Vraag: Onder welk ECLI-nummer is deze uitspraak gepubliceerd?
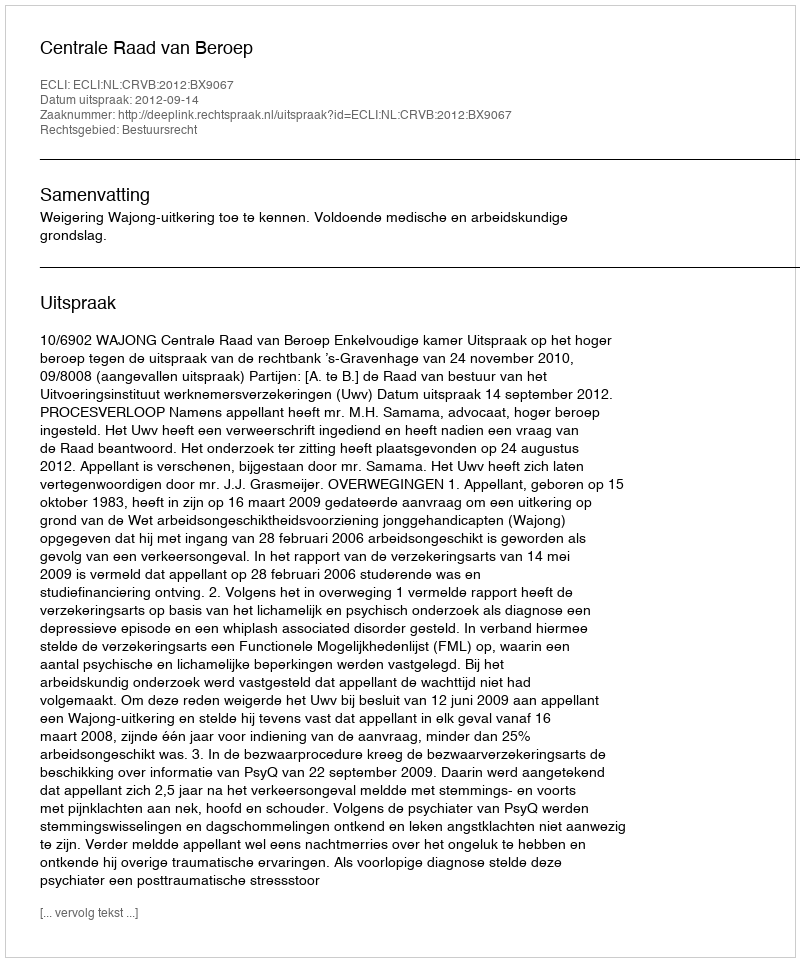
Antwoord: ECLI:NL:CRVB:2012:BX9067